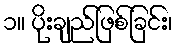
၁။ ပိုးချည်ဖြစ်ခြင်း၊